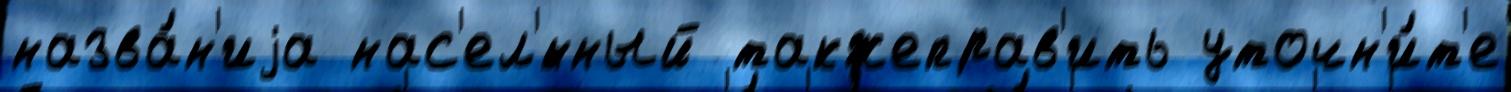
назва́н'иjа нас'ел'́нный такжеправ'ить уточн'и́т'е